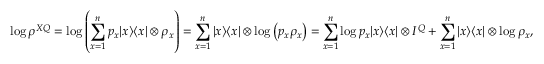
\log \rho ^ { X Q } = \log \left( \sum _ { x = 1 } ^ { n } p _ { x } | x \rangle \langle x | \otimes \rho _ { x } \right) = \sum _ { x = 1 } ^ { n } | x \rangle \langle x | \otimes \log \left( p _ { x } \rho _ { x } \right) = \sum _ { x = 1 } ^ { n } \log p _ { x } | x \rangle \langle x | \otimes I ^ { Q } + \sum _ { x = 1 } ^ { n } | x \rangle \langle x | \otimes \log \rho _ { x } ,